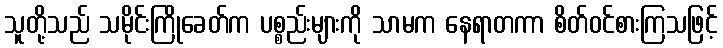
သူတို့သည် သမိုင်းကြိုခေတ်က ပစ္စည်းများကို သာမက နေရာတကာ စိတ်ဝင်စားကြသဖြင့်